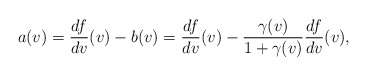
\begin{align*} a(v)=\frac{df}{dv}(v)-b(v)=\frac{df}{dv}(v)-\frac{\gamma(v)}{1+\gamma(v)}\frac{df}{dv}(v),\end{align*}